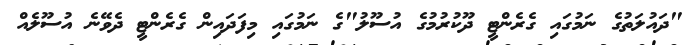
"ދައުލަތުގެ ނަމުގައި ގެރެންޓީ ދޫކުރުމުގެ އުސޫލު"ގެ ނަމުގައި މިފަދައިން ގެރެންޓީ ދެވޭނެ އުސޫލެއް